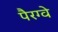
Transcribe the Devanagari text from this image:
पैरग्वे